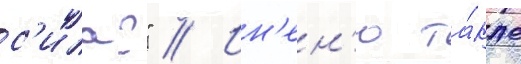
с'ила?" // Ин'ен'ю та́кже